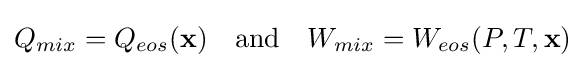
Q_{mix}=Q_{eos}(\mathbf {x} )\quad {\text{and}}\quad W_{mix}=W_{eos}(P,T,\mathbf {x} )